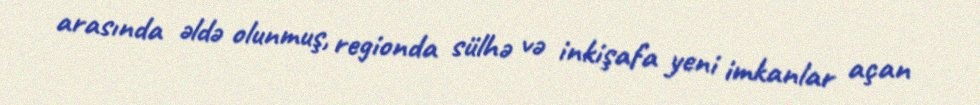
arasında əldə olunmuş, regionda sülhə və inkişafa yeni imkanlar açan